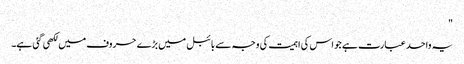
"
یہ واحد عبارت ہے جو اس کی اہمیت کی وجہ سے بائبل میں بڑے حروف میں لکھی گئی ہے۔